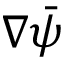
\nabla \Bar { \psi }